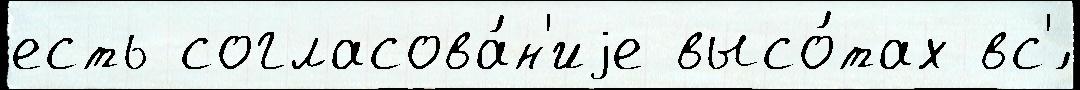
есть согласова́н'иjе высо́тах вс'́